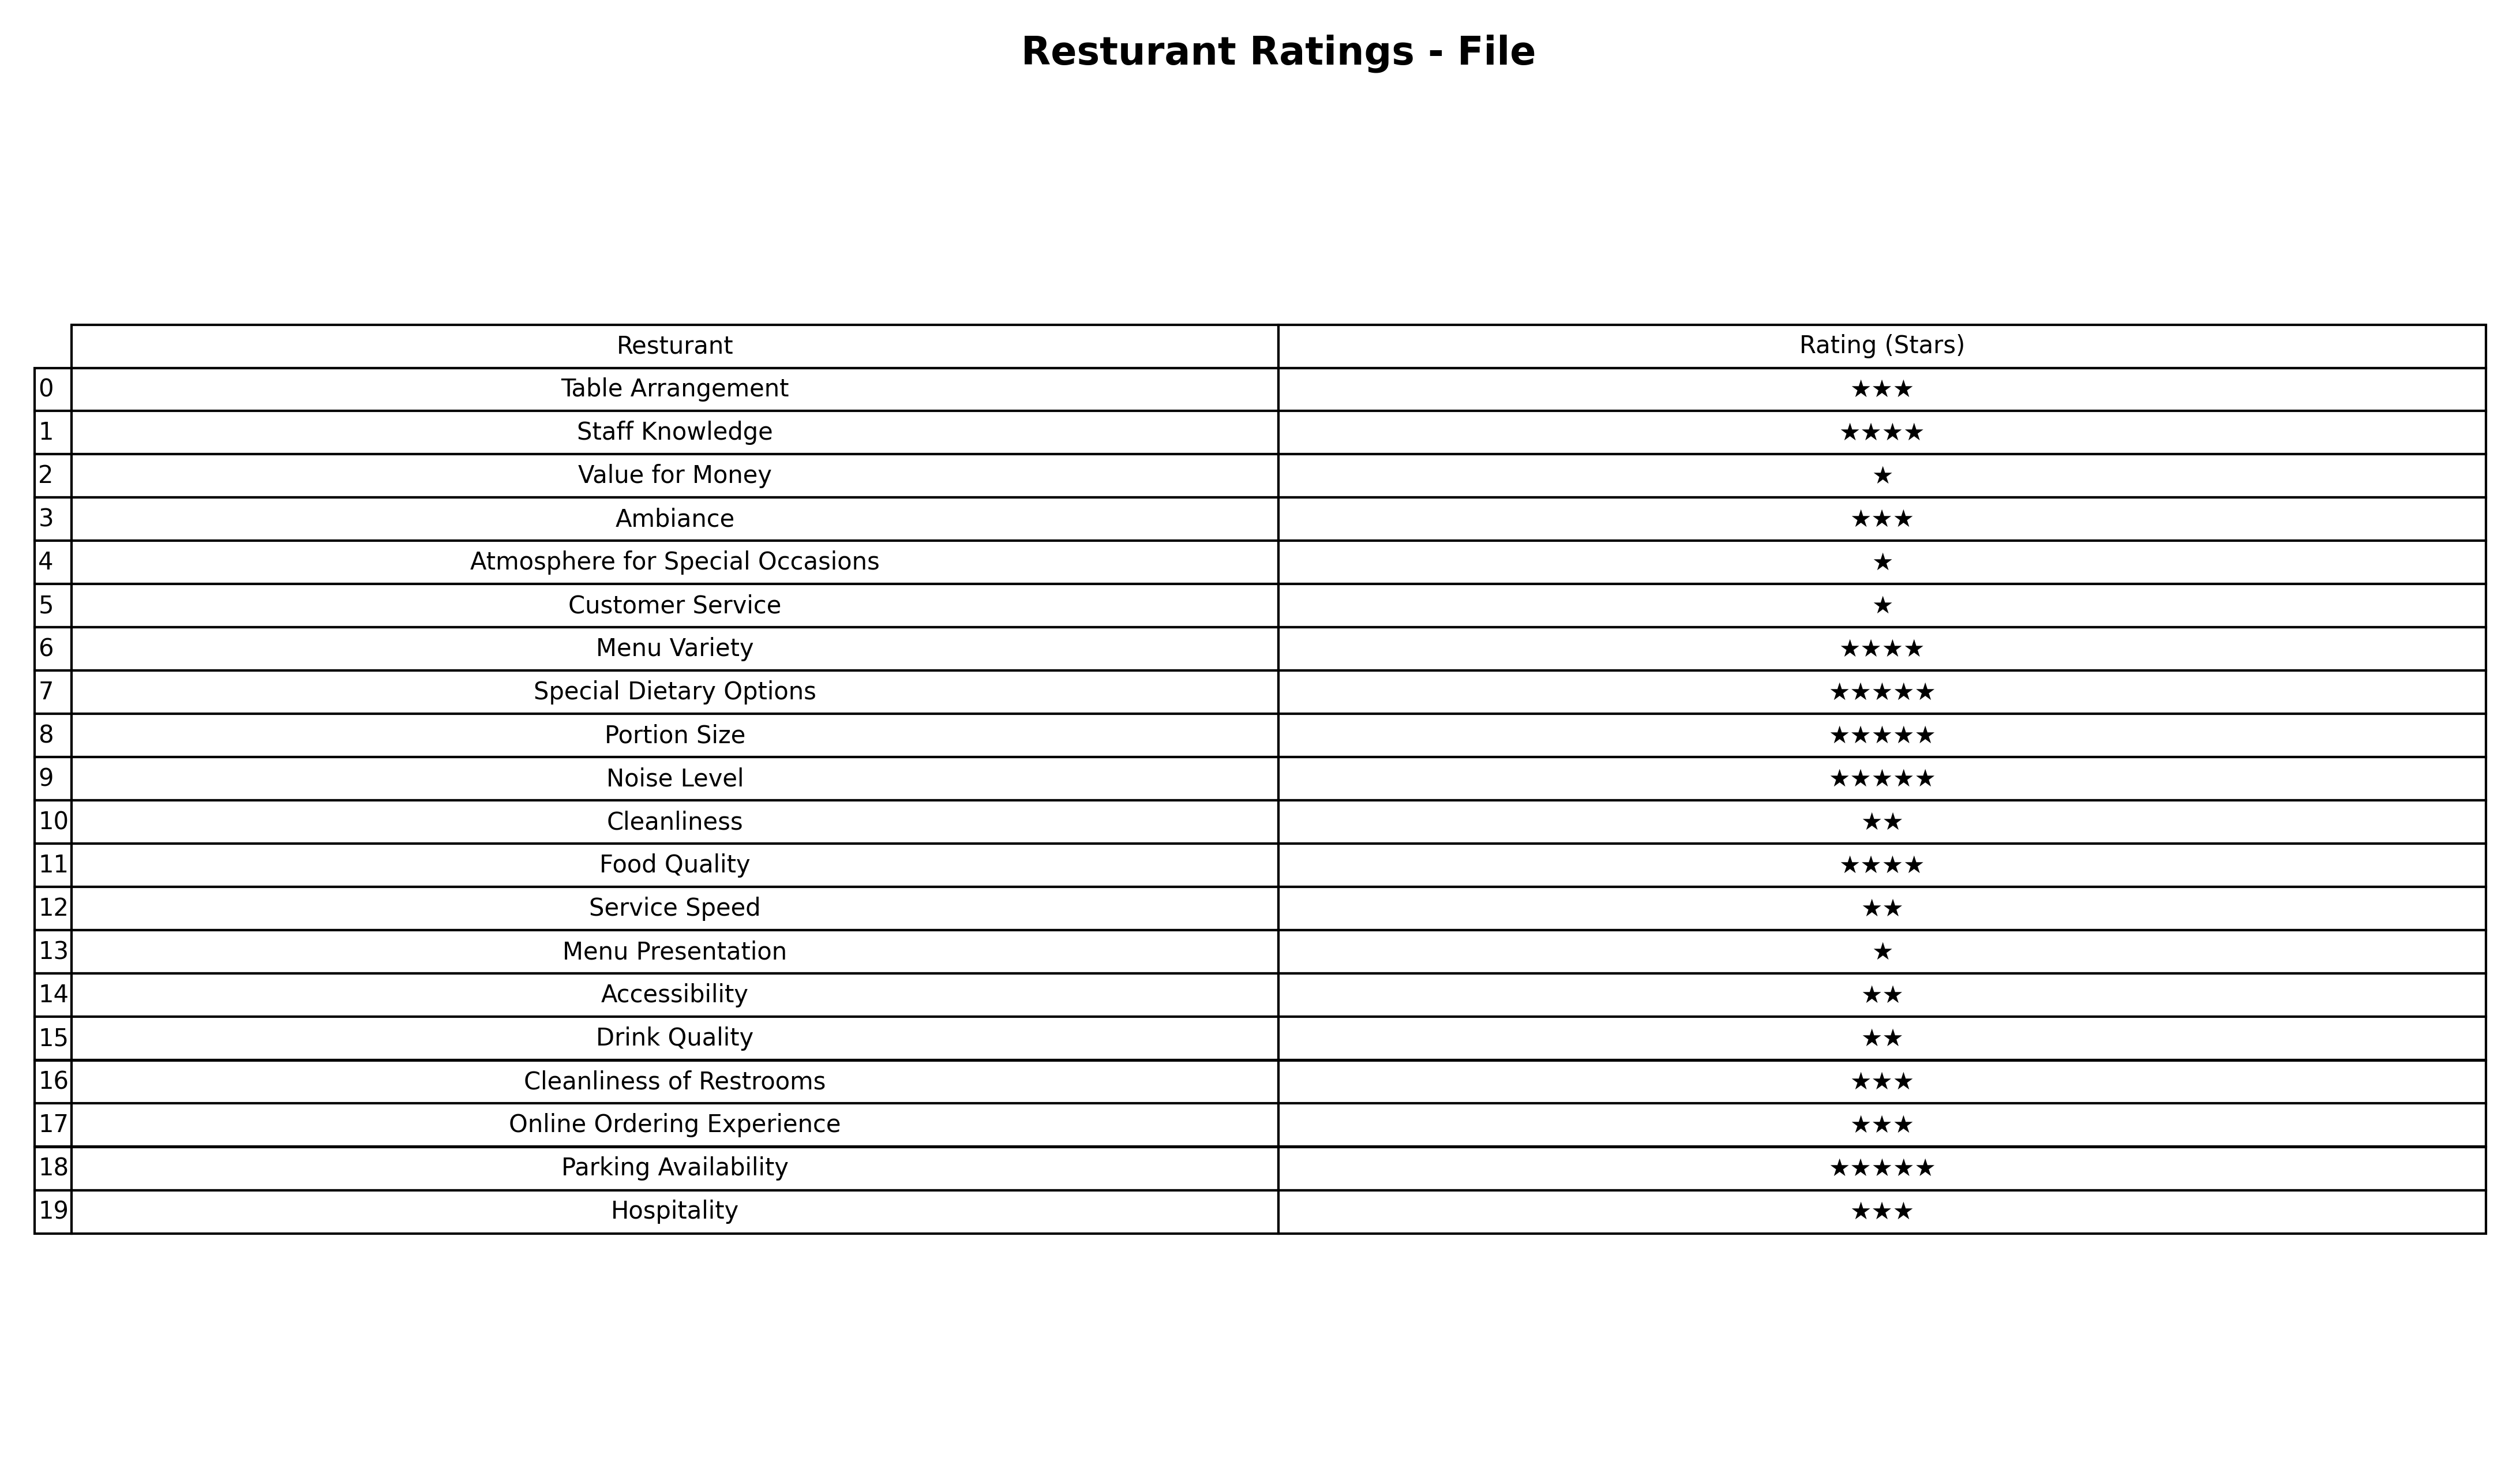
question: What is the rating of Hospitality?
answer: ★★★